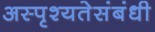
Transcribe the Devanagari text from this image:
अस्पृश्यतेसंबंधी